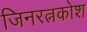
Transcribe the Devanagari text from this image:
जिनरत्नकोश